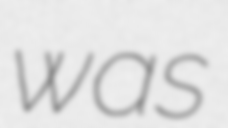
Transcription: was